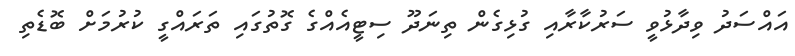
އައްސަދު ވިދާޅުވީ ސަރުކާރާއި ގުޅިގެން ތިނަދޫ ސިޓީއެއްގެ ގޮތުގައި ތަރައްގީ ކުރުމަށް ބޮޑެތި